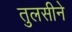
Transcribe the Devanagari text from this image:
तुलसीने